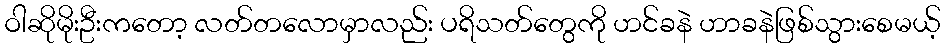
ဝါဆိုမိုးဦးကတော့ လတ်တလောမှာလည်း ပရိသတ်တွေကို ဟင်ခနဲ ဟာခနဲဖြစ်သွားစေမယ့်